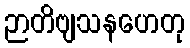
ဉာတိဗျသနဟေတု